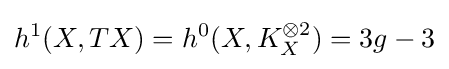
h^{1}(X,TX)=h^{0}(X,K_{X}^{\otimes 2})=3g-3